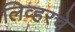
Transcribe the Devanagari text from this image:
लिव्हरचे